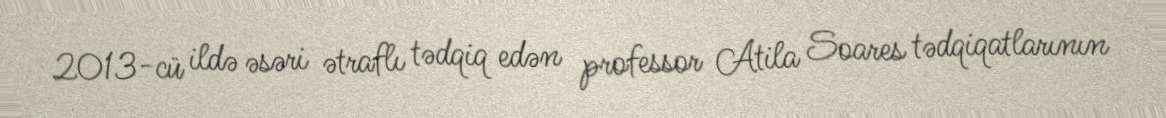
2013-cü ildə əsəri ətraflı tədqiq edən professor Atila Soares tədqiqatlarının